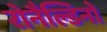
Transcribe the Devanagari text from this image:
रोनैल्डिनो